Vital statistics of India. Vol. IV, Annual returns from 1871 to 1876. British Army of India, Native Army and jails of Bengal
Year: 1871
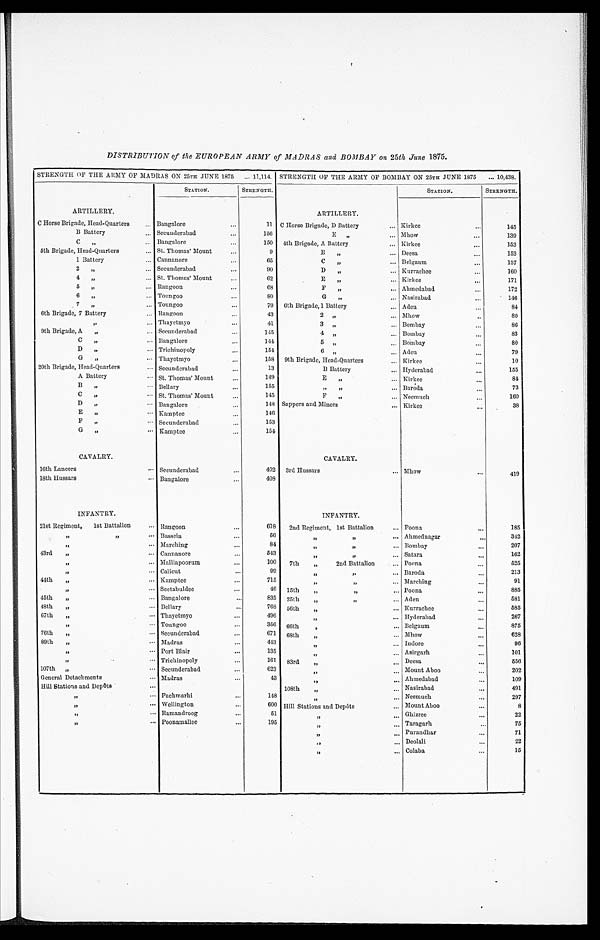
DISTRIBUTION of the EUROPEAN ARMY of MADRAS and BOMBAY on 25th June 1875.
STRENGTH OF THE ARMY OF MADRAS ON 25TH JUNE 1875 ... 11,114. STRENGTH OP THE ARMY OF BOMBAY ON 25TH JUNE 1875 ... 10,438.
ARTILLERY.
STATION.
STRENGTH.
ARTILLERY.
STATION.
STRENGTH.
C Horse Brigade, Head-Quarters
. . .
Bangalore
. . .
11 C Horse Brigade, D Battery
. . .
Kirkee
. . .
145
B Battery
. . .
Secunderabad
. . .
156
E
, ,
. . .
Mhow
. . .
139
C
„
. . .
Bangalore
. . .
150 4th Brigade, A Battery
. . .
Kirkee
. . .
153
5th Brigade, Head-Quarters
. . .
St. Thomas' Mount
. . .
9
B
,,
. . .
Deesa
. . .
153
1 Battery
. . .
Cannanore
. . .
65
C
,,
. . .
Belgaum
. . .
15
2
,,
. . .
Secunderabad
. . .
90
D
,,
. . .
Kurrachee
. . .
160
4
„
. . .
St. Thomas' Mount
. . .
62
E
,,
. . .
Kirkee
. . .
171
5
31
. . .
Rangoon
. . .
68
F
,,
. . .
Ahmedabad
. . .
172
6
,,
. . .
Toungoo
. . .
80
G
„
. . . .
Nasirabad
. . .
116
7
,,
. . .
Toungoo
. . .
79 6th Brigade, 1 Battery
. . .
Aden
. . .
84
6th Brigade, 7 Battery
. . .
Rangoon
. . .
43
2
,,
. . .
Mhow
. . .
80
„
. . .
Thayetmyo
. . .
41
3
. . .
Bombay
. . .
86
9th Brigade, A
„
. . .
Secunderabad
. . .
145
4
„
. . .
Bombay
. . .
83
C
,,
. . .
Bangalore
. . .
144
5
,,
. . .
Bombay
. . .
80
D
„
. . .
Trichinopoly
. . .
154
6
,,
. . . .
Aden
. . .
79
G
,,
. . .
Thayetmyo
. . .
158 9th Brigade, Head-Quarters
. . . K i r k e e
. . .
10
20th Brigade, Head-Quarters
. . .
Secunderabad
. . .
13
B Battery
. . .
Hyderabad
. . .
155
A Battery
. . .
St. Thomas' Mount
. . .
149
E
,,
. . .
Kirkee
. . .
81
B
,,
. . .
Bellary
. . .
155
, ,
. . .
Baroda
. . .
73
C
,,
. . .
St. Thomas' Mount
. . .
145
F
, ,
. . .
Neemuch
. . .
160
D
„
. . .
Bangalore
. . .
148 Sappers and Miners
. . .
Kirkee
. . .
38
E
„
. . .
Kamptee
. . .
140
. . .
. . .
F
„
. . .
Secunderabad
. . .
153
. . .
. . .
G „
. . .
Kamptee
. . .
154
. . .
. . .
CAVALRY.
CAVALRY.
16th Lancers
. . .
Secunderabad
...
402 3rd Hussars
... Mhow
. . .
419
18th Hussars
. . .
Bangalore
...
408
. . .
. . .
INFANTRY.
INFANTRY.
21st Regiment,
1st Battalion
. . .
Rangoon
. . .
618 2nd Regiment, 1st Battalion
. . .
Poona
. . .
185
,,
, ,
. . .
Bassein
. . .
56
„
, ,
. . .
Ahmednagar
. . .
342
, ,
. . .
Marching
. . .
84
,,
, ,
. . .
Bombay
. . .
207
43rd
„
. . .
Cannanore
. . .
543
,,
,,
. . .
Satara
. . .
162
, ,
. . .
Malliapoorum
. . .
100 7th „
2nd Battalion
. . .
Poona
. . .
525
, ,
. . .
Calicut
. . .
99
,,
„
. . .
Baroda
. . .
213
44th
„
. . .
Kamptee
. . .
715
, ,
. . .
Marching
. . .
91
, ,
. . .
Seetabuldee
. . .
46 15th,,
,,
. . .
Poona
. . .
885
45th
„
. . .
Bangalore
. . .
835 25th
„
, ,
. . .
Aden
. . .
581
48th
„
. . .
Bellary
. . .
768 56th
„
. . .
Kurrachee
. . .
585
67th
„
. . .
Thayetmyo
. . .
49
. . .
Hyderabad
. . .
267
, ,
. . .
Toungoo
. . .
356
„
66th
,
. . .
Belgaum
. . .
875
76th
„
. . .
Secunderabad
. . .
671 68th
„
. . .
Mhow
. . .
628
89th
„
. . .
Madras
. . .
413
, ,
. . .
Indore
. . .
96
, ,
. . .
Port Blair
. . .
135
. . .
Asirgarh
. . .
101
, ,
. . .
Trichinopoly
. . .
161
, ,
83rd
. . .
Deesa
. . .
556
107th
,,
. . .
Secunderabad
. . .
62
„
, ,
. . .
Mount Aboo
. . .
202
General Detachments
. . .
Madras
. . .
43
. . .
Ahmedabad
. . .
109
Hill Stations and Depôts
. . .
. . .
108th
,
. . .
Nasirabad
. . .
401
, ,
. . .
Pachmarhi
. . .
148
,
, ,
. . .
Neemuch
. . .
297
, ,
. . .
Wellington
. . .
600 Hill Stations and Depôts
. . .
Mount Aboo
. . .
8
, ,
. . .
Ramandroog
. . . 51
, ,
. . .
Ghizree
. . .
22
, ,
. . .
Poonamallee
. . .
195
,,
. . .
Taragarh
Purandhar
Deolali
Colaba
. . .
. . .
. . .
. . .
75
71
22
15